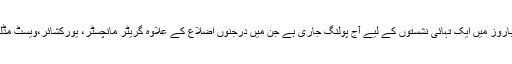
لندن کے علاوہ 36 میٹرو پولیٹن باروز میں ایک تہائی نشستوں کے لیے آج پولنگ جاری ہے جن میں درجنوں اضلاع کے علاوہ گریٹر مانچسٹر، یورکشائر،ویسٹ مڈلینڈز وغیرہ کے علاقے شامل ہیں۔